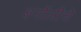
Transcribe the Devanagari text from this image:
बर्नोलीचे